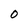
Character: 0